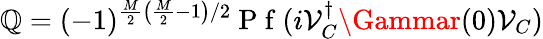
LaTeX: \mathbb{Q}=(-1)^{\frac{{M}}{{2}}\left(\frac{{M}}{{2}}-1\right)/2}\mathrm{{~P~f~}}(i\mathcal{{V}}_{C}^{\dagger}\Gammar(0)\mathcal{{V}}_{C})